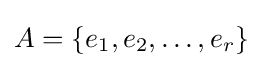
A=\{e_{1},e_{2},\ldots ,e_{r}\}